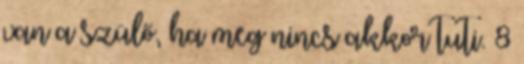
van a szülő, ha meg nincs akkor tuti. 8